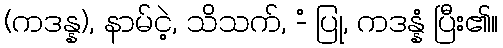
(ကဒန္န), နာမ်ငဲ့, သိသက်, -ံ ပြု, ကဒန္နံ ပြီး၏။